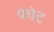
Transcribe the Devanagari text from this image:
पंचेट